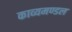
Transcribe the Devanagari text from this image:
काव्यमण्डल